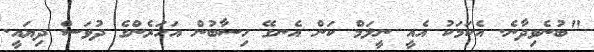
"ބުނެވިދާނެ. އެކަމަކު އެއީ ނީލަމް ކަން އެނގޭ ހިސާބުން އަހަރެންގެ ދުވަސް ދިޔައީ.